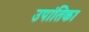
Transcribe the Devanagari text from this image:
उपांतिका